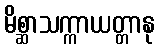
မိစ္ဆာသက္ကာယတ္တာနု